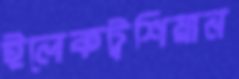
ইলেকট্রশিয়ান